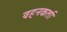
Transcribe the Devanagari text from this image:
वहनकर्ता